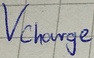
Text: Vcharge